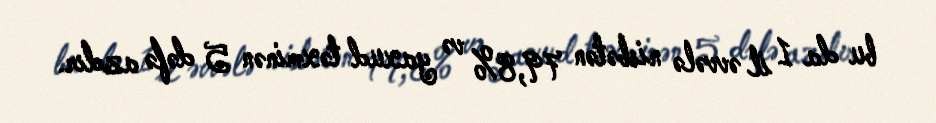
bu da 1 il əvvələ nisbətən 79,8% və yaxud təxminən 5 dəfə azdır.